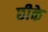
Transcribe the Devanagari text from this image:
छीके